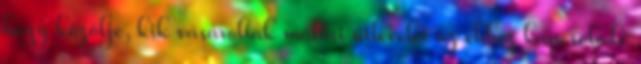
hogy közölje, kik vásároltak máltai útlevelet az ehhez kapcsolódó